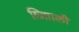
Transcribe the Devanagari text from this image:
ग़्ज़ाािली